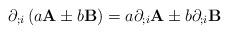
LaTeX: \begin{align*}\partial_{;i}\left(a\mathbf{A}\pm b\mathbf{B}\right)=a\partial_{;i}\mathbf{A}\pm b\partial_{;i}\mathbf{B}\end{align*}